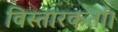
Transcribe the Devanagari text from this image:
विस्तारकर्ता।